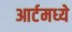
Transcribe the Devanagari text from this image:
आर्टमध्‍ये